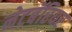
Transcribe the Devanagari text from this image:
नेटबॅरियर